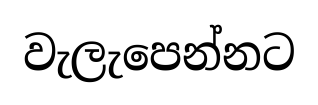
වැලැපෙන්නට